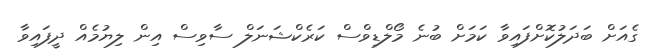
ގެއަށް ބަދަލުކޮށްފައިވާ ކަމަށް ބުނެ މޯލްޑިވްސް ކަރެކްޝަނަލް ސާވިސް އިން ލިޔުމެއް ދީފައިވާ